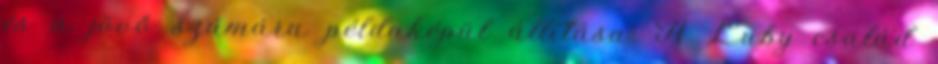
és a jövő számára példaképül állítása. A Luby család